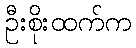
ဦးစိုးထက်က